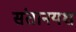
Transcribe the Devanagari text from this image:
संतानयश